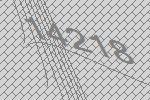
14218